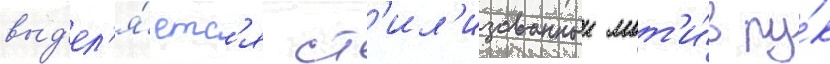
выд'ел'я́етс'я ст'ил'изованныи мот'и́в ру́к